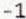
-1